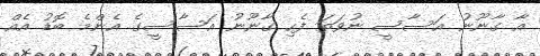
އާ ގާނޫނު އަސާސީ ނުވަތަ ފެހި ގާނޫނު އަސާސީގެ އެންމެ ބޮޑު އެއް